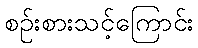
စဉ်းစားသင့်ကြောင်း